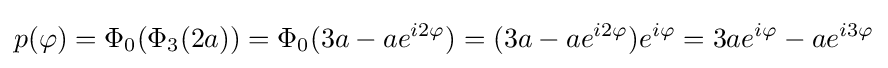
p(\varphi )=\Phi _{0}(\Phi _{3}(2a))=\Phi _{0}(3a-ae^{i2\varphi })=(3a-ae^{i2\varphi })e^{i\varphi }=3ae^{i\varphi }-ae^{i3\varphi }